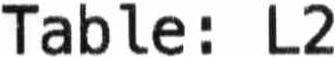
TABLE: L2